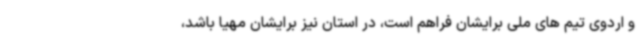
و اردوی تیم های ملی برایشان فراهم است، در استان نیز برایشان مهیا باشد،